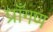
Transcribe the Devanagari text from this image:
प्राँगण